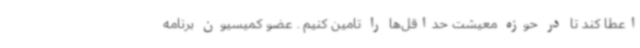
اعطا کند تا در حوزه معیشت حداقل‌ها را تامین کنیم . عضو کمیسیون برنامه